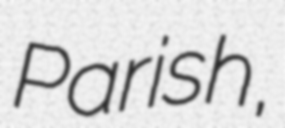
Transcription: Parish,